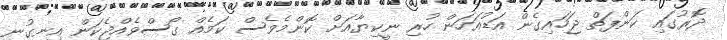
ދޮރުގައި ކަންފަތް ޖަހައިގެން އަޑުއަހަން ހުރި ނީކިޔާއަށް ކޮންމެވެސް ކަމެއް ގޯސްވެއްޖެކަން އިނގުނީ